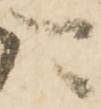
可